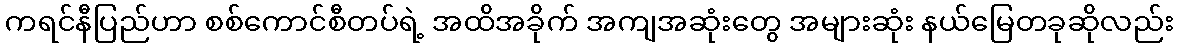
ကရင်နီပြည်ဟာ စစ်ကောင်စီတပ်ရဲ့ အထိအခိုက် အကျအဆုံးတွေ အများဆုံး နယ်မြေတခုဆိုလည်း